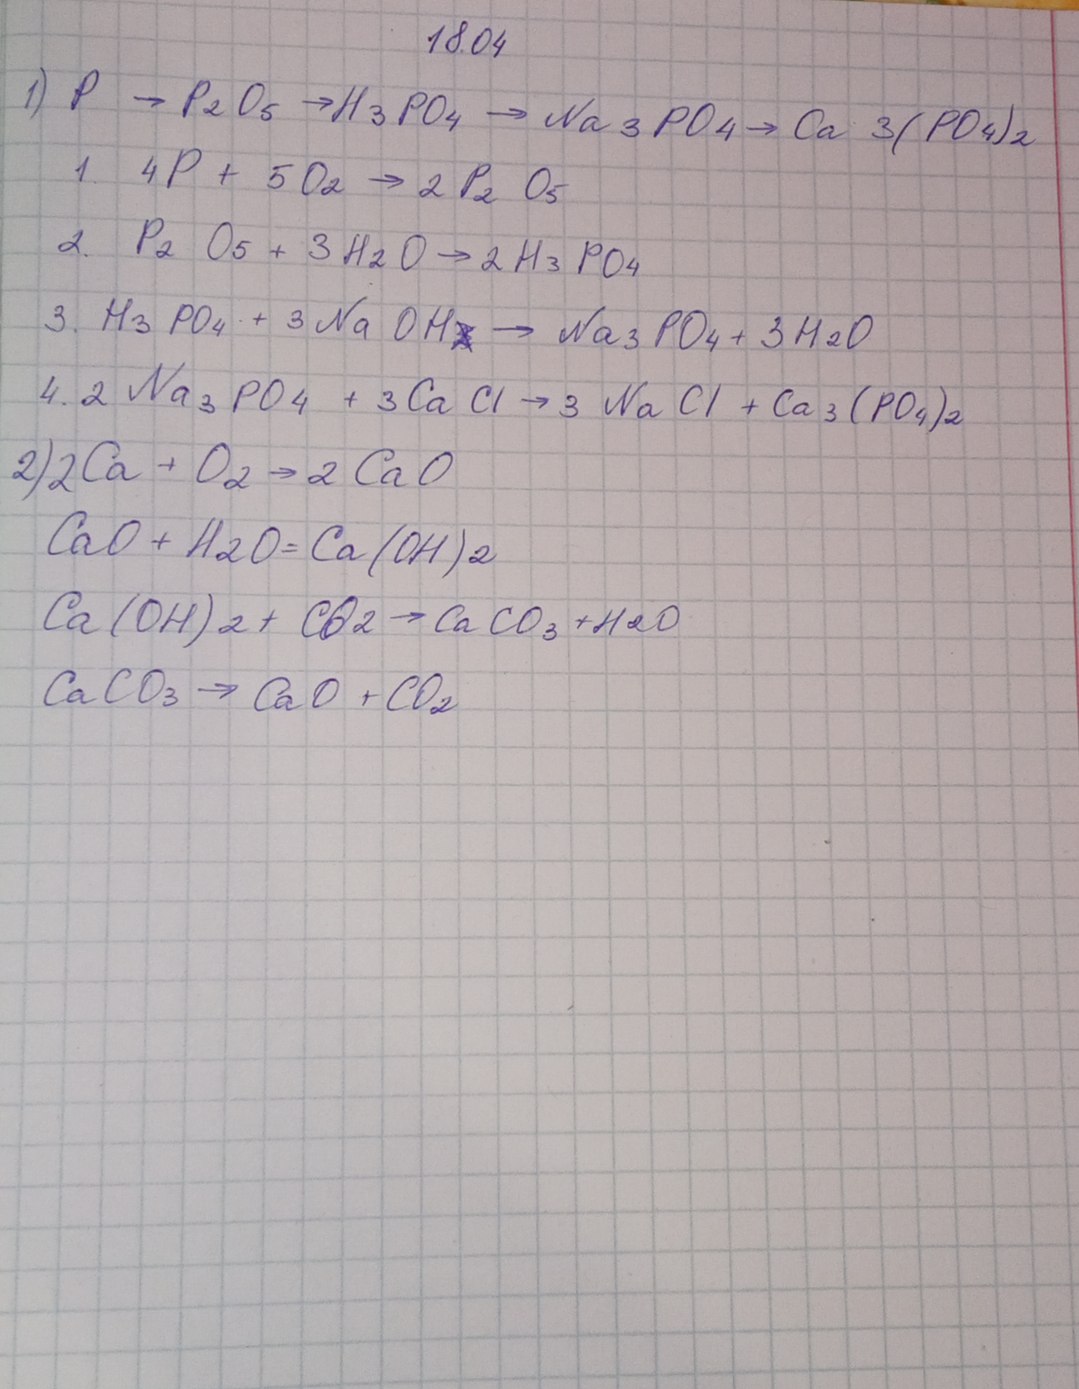
18.04
1) P → P2O5 → H3PO4 → Na3PO4 → Ca3(PO4)2
1. 4 P + 5 O2 → 2 P2 O5
2. P2 O5 + 3 H2 O → 2 H3 PO4
3. H3 PO4 + 3 Na OH~~2~~ → Na3 PO4 + 3 H2O
4. 2 Na3 PO4 + 3 Ca Cl → 3 Na Cl + Ca3 (PO4)2
2) 2 Ca + O2 → 2 CaO
CaO + H2O = Ca(OH)2
Ca(OH)2 + CO2 → CaCO3 + H2O
CaCO3 → CaO + CO2